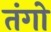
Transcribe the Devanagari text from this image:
तंगो